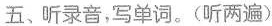
五、听录音，写单词。(听两遍)